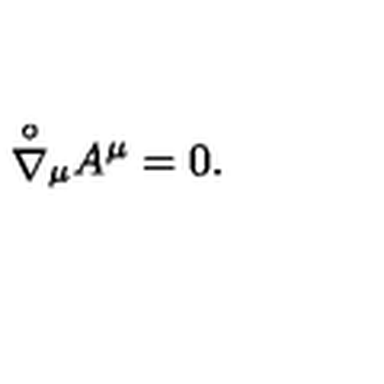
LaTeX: { \stackrel { \circ } { \nabla } } { } _ { \mu } A ^ { \mu } = 0 .